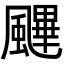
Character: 䬛